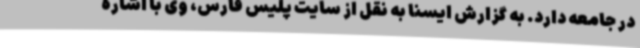
در جامعه دارد. به گزارش ایسنا به نقل از سایت پلیس فارس، وی با اشاره